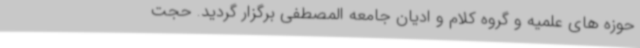
حوزه های علمیه و گروه کلام و ادیان جامعه المصطفی برگزار گردید. حجت